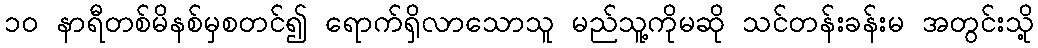
၁၀ နာရီတစ်မိနစ်မှစတင်၍ ရောက်ရှိလာသောသူ မည်သူ့ကိုမဆို သင်တန်းခန်းမ အတွင်းသို့